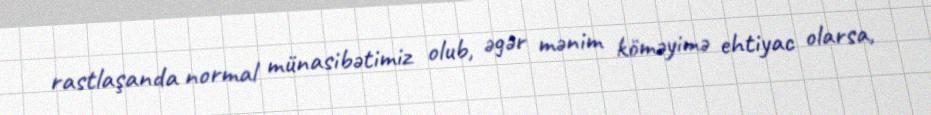
rastlaşanda normal münasibətimiz olub, əgər mənim köməyimə ehtiyac olarsa,